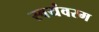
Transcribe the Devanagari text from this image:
स्वयंवरम